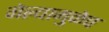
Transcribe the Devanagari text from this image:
गेल्यामुळेच